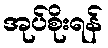
အုပ်စိုးရန်